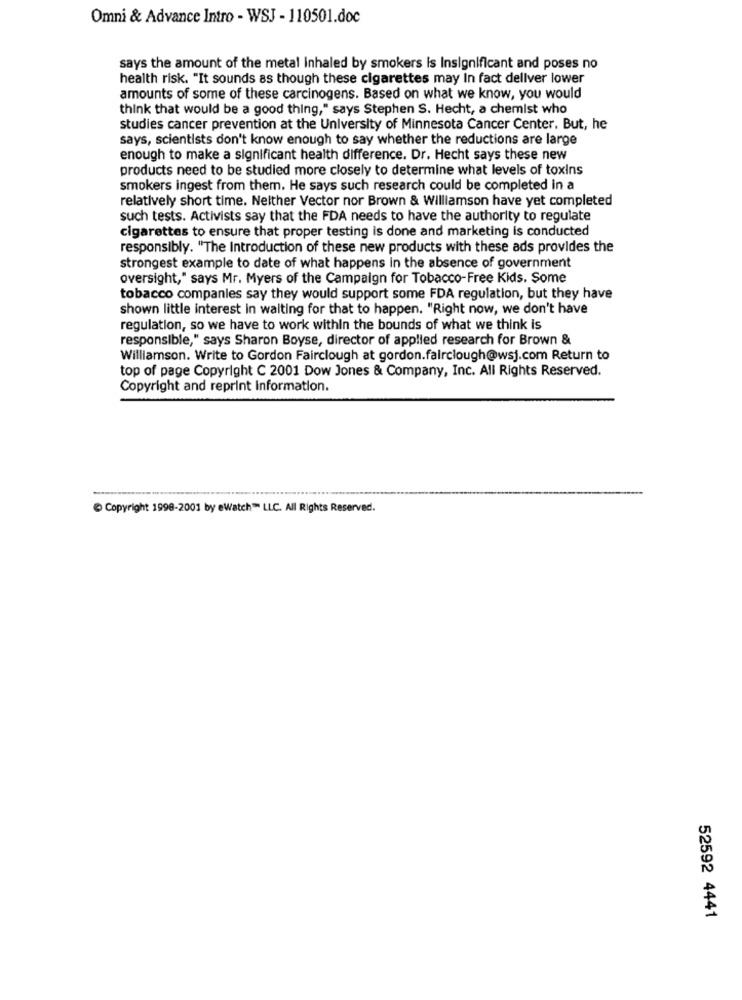
Omni & Advance Intro - WSJ - 110501.doc
says the amount of the metal inhaled by smokers is Insignificant and poses no
health risk. "It sounds as though these cigarettes may In fact deliver lower
amounts of some of these carcinogens. Based on what we know, you would
think that would be a good thing," says Stephen S. Hecht, a chemist who
studies cancer prevention at the University of Minnesota Cancer Center. But, he
says, scientists don't know enough to say whether the reductions are large
enough to make a significant health difference. Dr. Hecht says these new
products need to be studied more closely to determine what levels of toxins
smokers ingest from them. He says such research could be completed in a
relatively short time. Neither Vector nor Brown & Williamson have yet completed
such tests. Activists say that the FDA needs to have the authority to regulate
cigarettes to ensure that proper testing is done and marketing is conducted
responsibly. "The Introduction of these new products with these ads provides the
strongest example to date of what happens in the absence of government
oversight," says Mr. Myers of the Campaign for Tobacco-Free Kids. Some
tobacco companies say they would support some FDA regulation, but they have
shown little interest in waiting for that to happen. "Right now, we don't have
regulation, so we have to work within the bounds of what we think is
responsible," says Sharon Boyse, director of applied research for Brown &
Williamson. Write to Gordon Fairclough at gordon.fairclough@wsj.com Return to
top of page Copyright C 2001 Dow Jones & Company, Inc. All Rights Reserved.
Copyright and reprint information.
Copyright 1998-2001 by ewatch" LLC. All Rights Reserved.
52592 4441